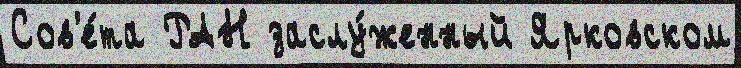
Сов'е́та РАН заслу́женный Ярковском